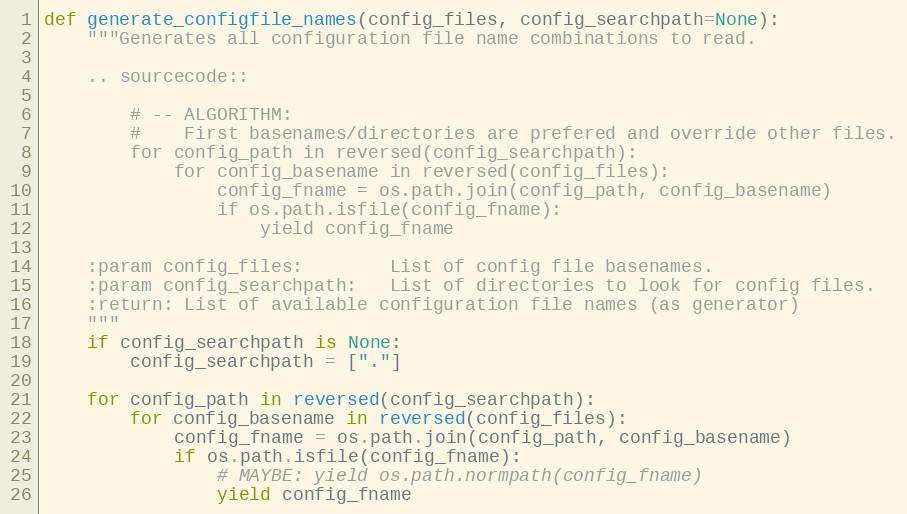
Language: Python
def generate_configfile_names(config_files, config_searchpath=None):
    """Generates all configuration file name combinations to read.

    .. sourcecode::

        # -- ALGORITHM:
        #    First basenames/directories are prefered and override other files.
        for config_path in reversed(config_searchpath):
            for config_basename in reversed(config_files):
                config_fname = os.path.join(config_path, config_basename)
                if os.path.isfile(config_fname):
                    yield config_fname

    :param config_files:        List of config file basenames.
    :param config_searchpath:   List of directories to look for config files.
    :return: List of available configuration file names (as generator)
    """
    if config_searchpath is None:
        config_searchpath = ["."]

    for config_path in reversed(config_searchpath):
        for config_basename in reversed(config_files):
            config_fname = os.path.join(config_path, config_basename)
            if os.path.isfile(config_fname):
                # MAYBE: yield os.path.normpath(config_fname)
                yield config_fname